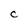
Character: C